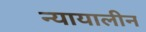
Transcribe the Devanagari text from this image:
न्यायालीन